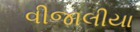
વીજાલીયા